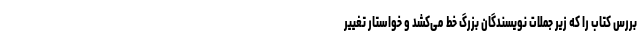
بررس کتاب را که زیر جملات نویسندگان بزرگ خط می‌کشد و خواستار تغییر